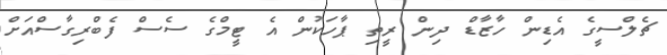
ޗެލްސީގެ އެޑިން ހާޒާޑް ދިން ރީތި ޕާހަކުން އެ ޓީމްގެ ސެސް ފެބްރިގާސްއަށް